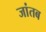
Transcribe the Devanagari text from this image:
जांतब